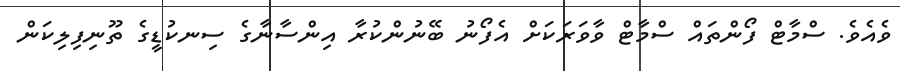
ވެއެވެ. ސްމާޓް ފޯންތައް ސްމާޓް ވާވަރަކަށް އެފޯނު ބޭނުންކުރާ އިންސާނާގެ ސިނކުޑީގެ ތޫނިފިލިކަން